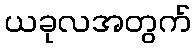
ယခုလအတွက်